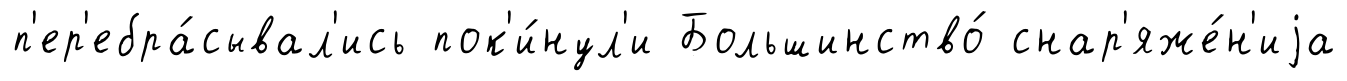
п'ер'ебра́сывал'ись пок'и́нул'и Большинство́ снар'яже́н'иjа